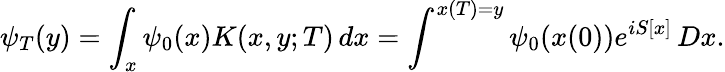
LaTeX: \psi_{T}(y)=\int_{x}\psi_{0}(x)K(x,y;T)\, dx=\int^{x(T)=y}\psi_{0}(x(0))e^{iS[x]}\, Dx.